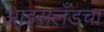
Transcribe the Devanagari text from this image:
आइसलँडचा